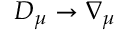
D _ { \mu } \rightarrow \nabla _ { \mu }